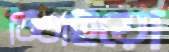
বিঁধাইয়ো